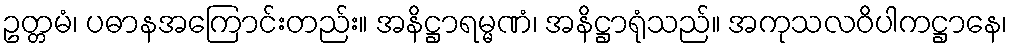
ဥတ္တမံ၊ ပဓာနအကြောင်းတည်း။ အနိဋ္ဌာရမ္မဏံ၊ အနိဋ္ဌာရုံသည်။ အကုသလဝိပါကဋ္ဌာနေ၊